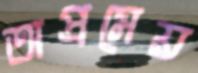
অপ্রমেয়